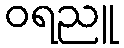
ဝရညူ